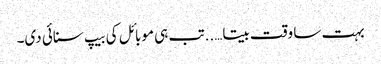
بہت سا وقت بیتا…..تب ہی موبائل کی بیپ سنائی دی۔